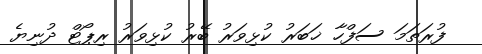
ފުރަތަމަ ސަފްހާ ޚަބަރު ކުޅިވަރު ބޭރު ކުޅިވަރު ރިޕޯޓް ދުނިޔެ